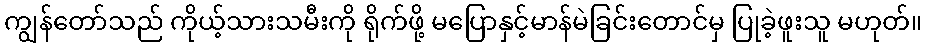
ကျွန်တော်သည် ကိုယ့်သားသမီးကို ရိုက်ဖို့ မပြောနှင့်မာန်မဲခြင်းတောင်မှ ပြုခဲ့ဖူးသူ မဟုတ်။